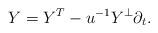
LaTeX: \begin{align*}Y=Y^T-u^{-1}Y^{\perp}\partial_t.\end{align*}